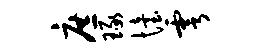
庶琢怡雩